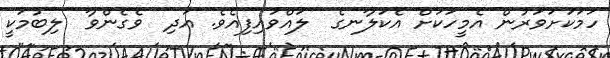
ހަމަކަށަވަރުން އެމީހަކަށް އެކަލާނގެ  ލައްވައިފިއެވެ. އަދި  ވެގެންވާ  ލިބުމަކީ